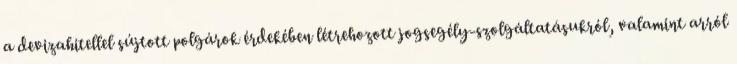
a devizahitellel sújtott polgárok érdekében létrehozott jogsegély-szolgáltatásukról, valamint arról